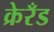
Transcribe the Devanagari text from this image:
क्रेरँड